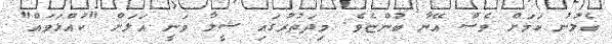
ބެލުނު ކަމަށް ވެސް އޭނާ ބުންޏެވެ. މިދަތުރުގައި ޝީލާ ވަނީ އަލަށް "ކުއްޅަވައް"